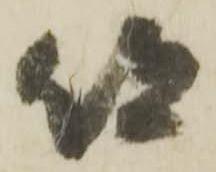
但